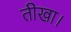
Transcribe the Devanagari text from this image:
तीखा।